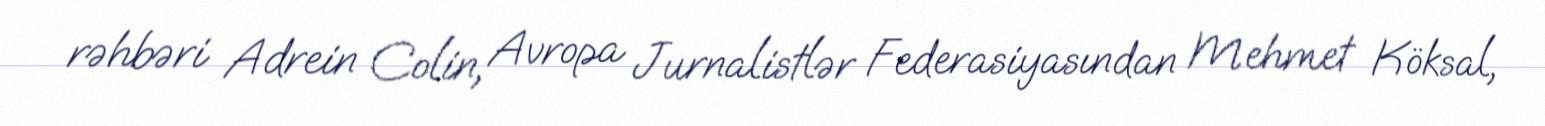
rəhbəri Adrein Colin, Avropa Jurnalistlər Federasiyasından Mehmet Köksal,